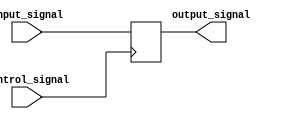
module latch (
    input wire input_signal,
    input wire control_signal,
    output reg output_signal
);

always @ (posedge control_signal) begin
    if(control_signal) begin
        output_signal <= input_signal;
    end
end

endmodule